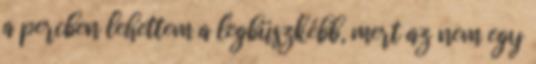
a percben lehettem a legbüszkébb, mert az nem egy